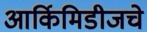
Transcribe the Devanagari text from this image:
आर्किमिडीजचे